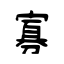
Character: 寡